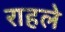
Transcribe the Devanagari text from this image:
राहले